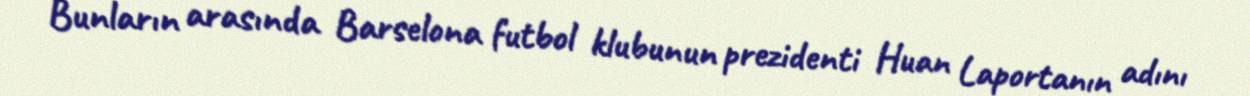
Bunların arasında Barselona futbol klubunun prezidenti Huan Laportanın adını